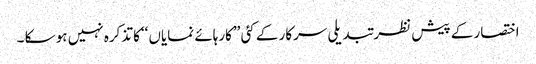
اختصار کے پیش نظر تبدیلی سرکار کے کئی ’’کارہائے نمایاں ‘‘کا تذکرہ نہیں ہو سکا ۔